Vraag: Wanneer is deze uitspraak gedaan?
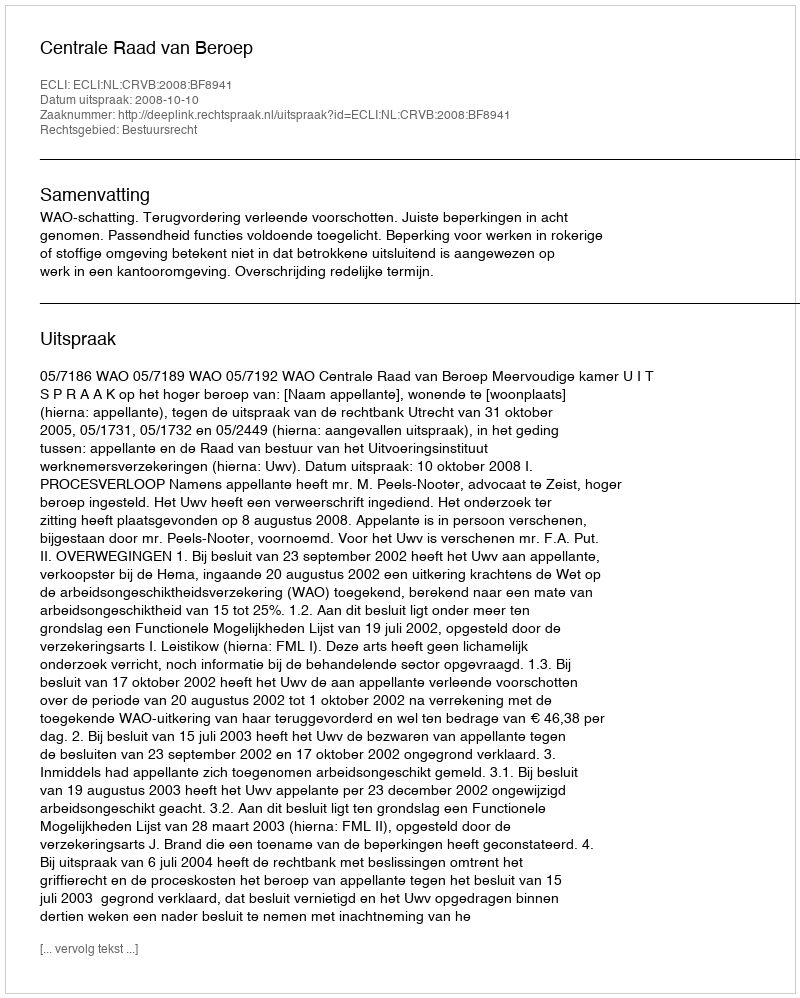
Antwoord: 2008-10-10